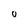
Character: 0